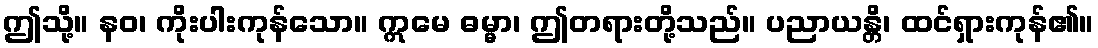
ဤသို့။ နဝ၊ ကိုးပါးကုန်သော။ ဣမေ ဓမ္မာ၊ ဤတရားတို့သည်။ ပညာယန္တိ၊ ထင်ရှားကုန်၏။